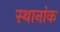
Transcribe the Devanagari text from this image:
स्थानांक